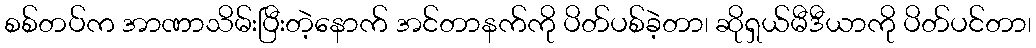
စစ်တပ်က အာဏာသိမ်းပြီးတဲ့နောက် အင်တာနက်ကို ပိတ်ပစ်ခဲ့တာ၊ ဆိုရှယ်မီဒီယာကို ပိတ်ပင်တာ၊